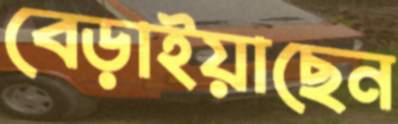
বেড়াইয়াছেন